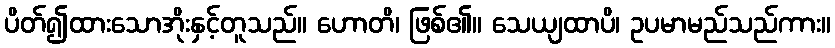
ပိတ်၍ထားသောအိုးနှင့်တူသည်။ ဟောတိ၊ ဖြစ်၏။ သေယျထာပိ၊ ဥပမာမည်သည်ကား။